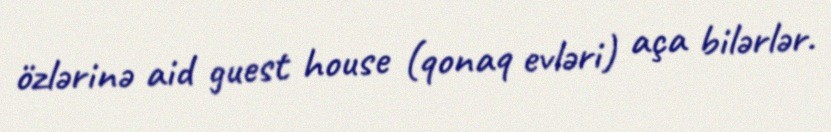
özlərinə aid guest house (qonaq evləri) aça bilərlər.